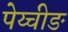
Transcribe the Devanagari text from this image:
पेय्चीङ